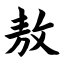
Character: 敖